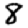
Digit: 8